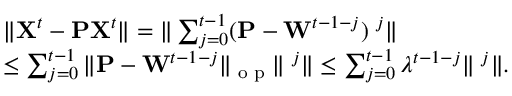
\begin{array} { r l } & { \| { \bf X } ^ { t } - { \bf P } { \bf X } ^ { t } \| = \| \sum _ { j = 0 } ^ { t - 1 } ( { \bf P } - { \bf W } ^ { t - 1 - j } ) { \bf \zeta } ^ { j } \| } \\ & { \leq \sum _ { j = 0 } ^ { t - 1 } \| { \bf P } - { \bf W } ^ { t - 1 - j } \| _ { \textrm { o p } } \| { \bf \zeta } ^ { j } \| \leq \sum _ { j = 0 } ^ { t - 1 } \lambda ^ { t - 1 - j } \| { \bf \zeta } ^ { j } \| . } \end{array}